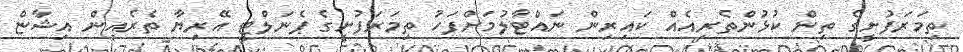
ތިމަރަފުށީގެ ތިން ކުޅުންތެރިއެއް ކައިރިން ނައްޓާލުމަށްފަހު ތިމަރަފުށީގެ ޕެނަލްޓީ އޭރިޔާ ތެރެއިން އިޝާޏް